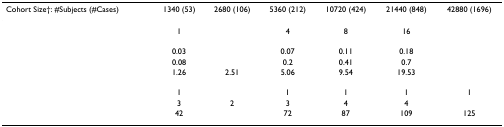
<table><thead><tr><td><b>Cohort Size†: #Subjects (#Cases)</b></td><td><b>1340 (53)</b></td><td><b>2680 (106)</b></td><td><b>5360 (212)</b></td><td><b>10720 (424)</b></td><td><b>21440 (848)</b></td><td><b>42880 (1696)</b></td></tr></thead><tbody><tr><td>[EMPTY_CELL]</td><td>1</td><td>[EMPTY_CELL]</td><td>4</td><td>8</td><td>16</td><td>[EMPTY_CELL]</td></tr><tr><td>[EMPTY_CELL]</td><td>[EMPTY_CELL]</td><td>[EMPTY_CELL]</td><td>[EMPTY_CELL]</td><td>[EMPTY_CELL]</td><td>[EMPTY_CELL]</td><td>[EMPTY_CELL]</td></tr><tr><td>[EMPTY_CELL]</td><td>0.03</td><td>[EMPTY_CELL]</td><td>0.07</td><td>0.11</td><td>0.18</td><td>[EMPTY_CELL]</td></tr><tr><td>[EMPTY_CELL]</td><td>0.08</td><td>[EMPTY_CELL]</td><td>0.2</td><td>0.41</td><td>0.7</td><td>[EMPTY_CELL]</td></tr><tr><td>[EMPTY_CELL]</td><td>1.26</td><td>2.51</td><td>5.06</td><td>9.54</td><td>19.53</td><td>[EMPTY_CELL]</td></tr><tr><td>[EMPTY_CELL]</td><td>[EMPTY_CELL]</td><td>[EMPTY_CELL]</td><td>[EMPTY_CELL]</td><td>[EMPTY_CELL]</td><td>[EMPTY_CELL]</td><td>[EMPTY_CELL]</td></tr><tr><td>[EMPTY_CELL]</td><td>1</td><td>[EMPTY_CELL]</td><td>1</td><td>1</td><td>1</td><td>1</td></tr><tr><td>[EMPTY_CELL]</td><td>3</td><td>2</td><td>3</td><td>4</td><td>4</td><td>[EMPTY_CELL]</td></tr><tr><td>[EMPTY_CELL]</td><td>42</td><td>[EMPTY_CELL]</td><td>72</td><td>87</td><td>109</td><td>125</td></tr></tbody></table>